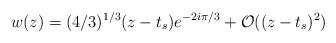
LaTeX: \begin{align*} w(z)=(4/3)^{1/3}(z-t_s)e^{-2i\pi/3}+\mathcal{O}((z-t_s)^2)\end{align*}